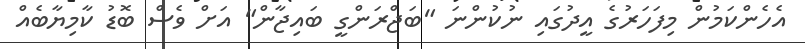
އެހެންކަމުން މިފަހަރުގެ އީދުގައި ނުކުންނަ "ބަޖްރަންގީ ބައިޖާން" އަށް ވެސް ބޮޑު ކާމިޔާބެއް